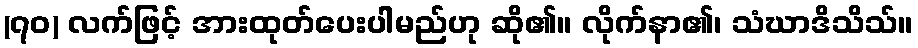
(၇၀) လက်ဖြင့် အားထုတ်ပေးပါမည်ဟု ဆို၏။ လိုက်နာ၏၊ သံဃာဒိသိသ်။